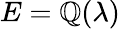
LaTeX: E=\mathbb{Q}(\lambda)